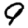
Digit: 9